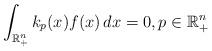
LaTeX: \begin{align*} \int_{\mathbb R^n_+} k_p(x) f(x) \, dx = 0, p \in \mathbb R^n_+ \end{align*}